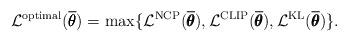
LaTeX: \begin{align*} \mathcal{L}^{\mathrm{optimal}}(\overline{\pmb{\theta}}) = \max\{\mathcal{L}^{\mathrm{NCP}}(\overline{\pmb{\theta}}), \mathcal{L}^{\mathrm{CLIP}}(\overline{\pmb{\theta}}), \mathcal{L}^{\mathrm{KL}}(\overline{\pmb{\theta}})\}.\end{align*}